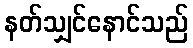
နတ်သျှင်နောင်သည်